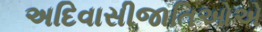
અદિવાસીજાતિઓએ